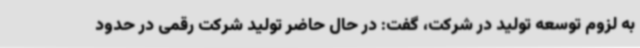
به لزوم توسعه تولید در شرکت، گفت: در حال حاضر تولید شرکت رقمی در حدود